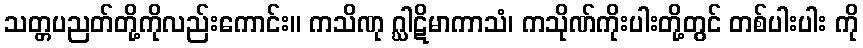
သတ္တပညတ်တို့ကိုလည်းကောင်း။ ကသိဏု ဂ္ဃါဋိမာကာသံ၊ ကသိုဏ်ကိုးပါးတို့တွင် တစ်ပါးပါး ကို